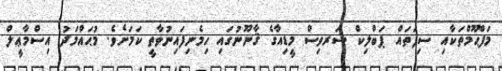
މަފްޙޫމްތަކާއި ސިފަތައް ޕަބްލިކް ސަރވިސް މީޑިއާގެ ޤާނޫނުގައި ހިމެނިފައިނުވާތީ ކަމަށެވެ. މުޙައްމަދު އިސްމާޢީލް